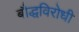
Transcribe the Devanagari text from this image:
बौद्धविरोधी